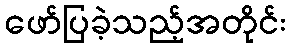
ဖော်ပြခဲ့သည့်အတိုင်း